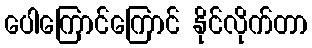
ပေါကြောင်ကြောင် နိုင်လိုက်တာ